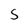
Character: S